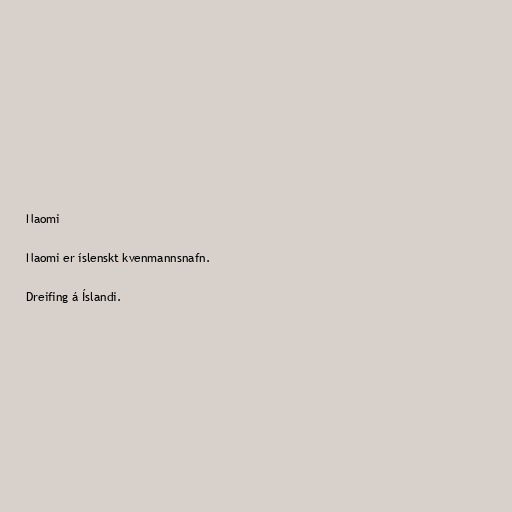
Naomi

Naomi er íslenskt kvenmannsnafn.

Dreifing á Íslandi.